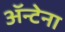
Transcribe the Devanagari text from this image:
ॲन्टेना